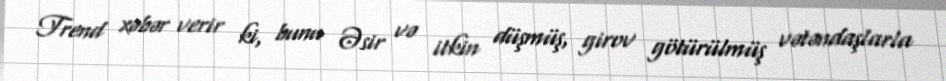
Trend xəbər verir ki, bunu Əsir və itkin düşmüş, girov götürülmüş vətəndaşlarla